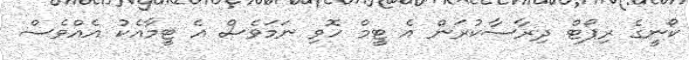
ކޯނީގެ ރިޕޯޓް ދިރާސާކުރަން އެ ޓީމް ހޮވި ނަމަވެސް އެ ޓީމާއެކު އެއްވެސް